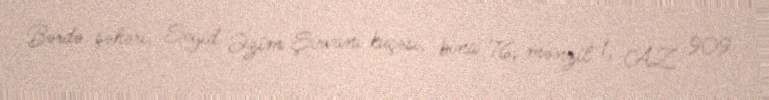
Bərdə şəhəri, Seyid Əzim Şirvani küçəsi, bina 76, mənzil 1, AZ 909